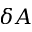
\delta A